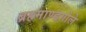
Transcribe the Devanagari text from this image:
ब्रहमाण्डगोले